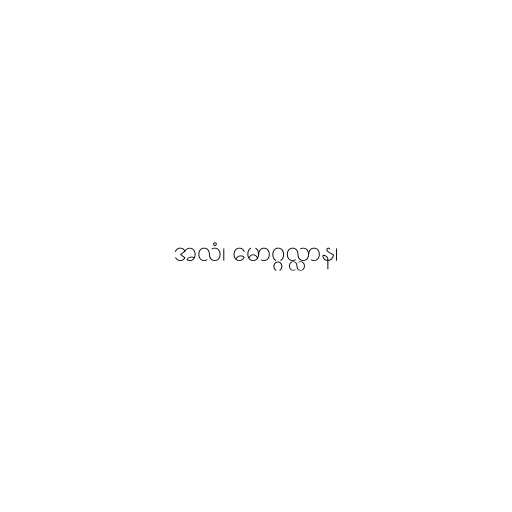
အလံ၊ မောဂ္ဂလ္လာန၊